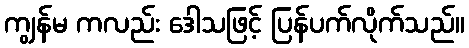
ကျွန်မ ကလည်း ဒေါသဖြင့် ပြန်ပက်လိုက်သည်။